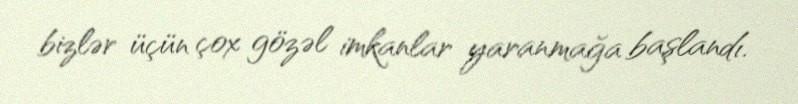
bizlər üçün çox gözəl imkanlar yaranmağa başlandı.